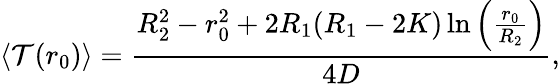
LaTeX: \langle\mathcal{T}(r_{0})\rangle=\frac{R_{2}^{2}-r_{0}^{2}+2R_{1}(R_{1}-2K)\ln\left(\frac{r_{0}}{R_{2}}\right)}{4D},